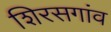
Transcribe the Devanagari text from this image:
शिरसगांव